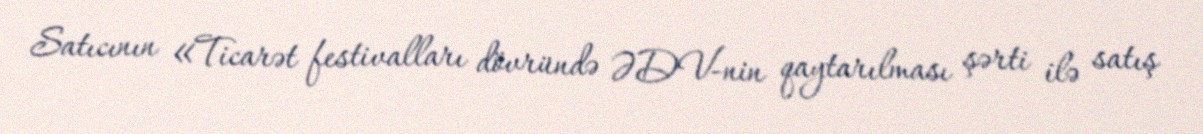
Satıcının «Ticarət festivalları dövründə ƏDV-nin qaytarılması şərti ilə satış